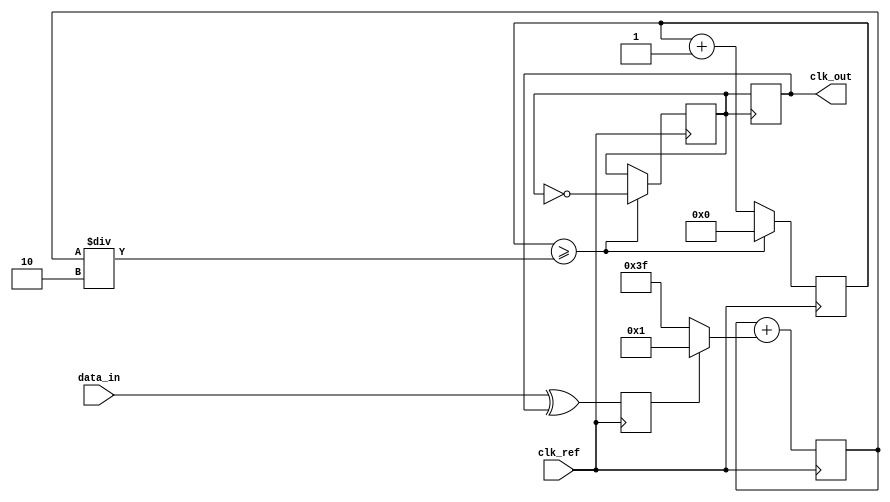
module pll_clock_recovery (
    input wire clk_ref,         // Reference clock (input)
    input wire data_in,        // Input data stream
    output reg clk_out         // Output clock signal
);

    // Parameters
    parameter PHASE_STEP = 1; // Phase step size (adjustable for tuning)
    parameter CLK_DIV = 2;     // Clock divider for output frequency control

    // State declarations
    reg phase_error;           // Phase error signal
    reg [5:0] control_voltage; // Control voltage for VCO
    reg vco_out;               // Output of the Voltage Controlled Oscillator
    reg [4:0] vco_counter;     // VCO counter to generate clk_out

    // Phase Detector (PD)
    always @(posedge clk_ref) begin
        // Compare the input data with clock to determine phase error
        phase_error <= data_in ^ clk_out; // Simple XOR for phase difference
    end

    // Low Pass Filter (LPF)
    always @(posedge clk_ref) begin
        control_voltage <= control_voltage + (phase_error ? PHASE_STEP : -PHASE_STEP);
    end

    // Voltage-Controlled Oscillator (VCO)
    always @(posedge clk_ref) begin
        vco_counter <= vco_counter + 1;
        if (vco_counter >= (control_voltage / CLK_DIV)) begin
            vco_out <= ~vco_out; // Toggle VCO output based on control voltage
            vco_counter <= 0;
        end
    end

    // Output logic to align clk_out with VCO output
    always @(posedge vco_out) begin
        clk_out <= vco_out;
    end

endmodule